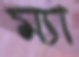
ম্যা